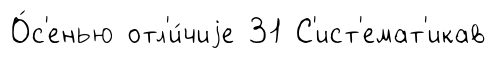
О́с'енью отл'и́чиjе 31 С'ист'емат'икав